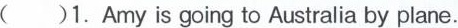
( )1.Amy is going to Australia by plane.